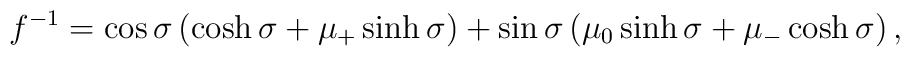
f^{-1}=\cos\sigma \left(\cosh \sigma + \mu_+\sinh\sigma \right)+\sin\sigma \left(\mu_0\sinh \sigma + \mu_-\cosh\sigma \right),